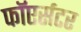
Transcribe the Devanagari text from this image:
फाॅएर्सटर